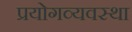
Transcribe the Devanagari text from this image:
प्रयोगव्यवस्था